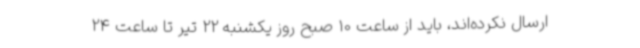
ارسال نکرده‌اند، باید از ساعت 10 صبح روز یکشنبه 22 تیر تا ساعت 24